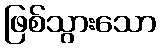
ဖြစ်သွားသော